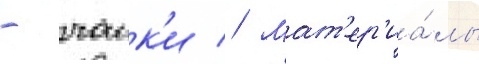
- чаик'и // Мат'ер'иа́лы